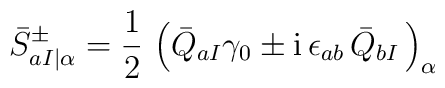
{\bar S}^{\pm}_{aI \vert \alpha }=\frac{1}{2} \,\left( {\bar Q}_{aI} \gamma _0 \pm \mbox{i} \, \epsilon_{ab} \,  {\bar Q}_{bI}\,\right)_\alpha